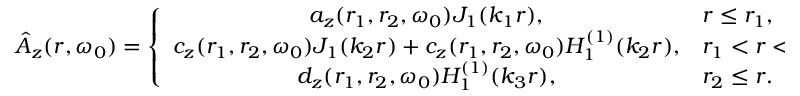
\hat { A } _ { z } ( r , \omega _ { 0 } ) = \left\{ \begin{array} { c l } { a _ { z } ( r _ { 1 } , r _ { 2 } , \omega _ { 0 } ) J _ { 1 } ( k _ { 1 } r ) , } & { r \leq r _ { 1 } , } \\ { c _ { z } ( r _ { 1 } , r _ { 2 } , \omega _ { 0 } ) J _ { 1 } ( k _ { 2 } r ) + c _ { z } ( r _ { 1 } , r _ { 2 } , \omega _ { 0 } ) H _ { 1 } ^ { ( 1 ) } ( k _ { 2 } r ) , } & { r _ { 1 } < r < r _ { 2 } , } \\ { d _ { z } ( r _ { 1 } , r _ { 2 } , \omega _ { 0 } ) H _ { 1 } ^ { ( 1 ) } ( k _ { 3 } r ) , } & { r _ { 2 } \le r . } \end{array} \right.